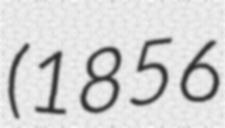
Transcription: (1856